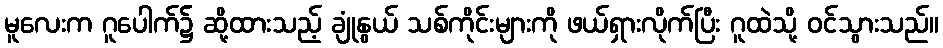
မူလေးက ဂူပေါက်၌ ဆို့ထားသည့် ချုံနွယ် သစ်ကိုင်းများကို ဖယ်ရှားလိုက်ပြီး ဂူထဲသို့ ဝင်သွားသည်။